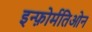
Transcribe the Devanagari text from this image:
इन्फ़ोर्मतिओन